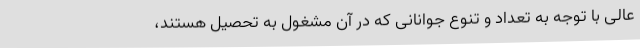
عالی با توجه به تعداد و تنوع جوانانی که در آن مشغول به تحصیل هستند،